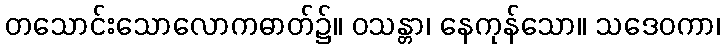
တသောင်းသောလောကဓာတ်၌။ ဝသန္တာ၊ နေကုန်သော။ သဒေဝကာ၊